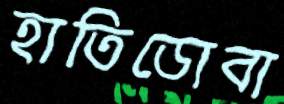
হাতিডোবা